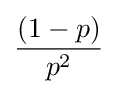
{\frac {(1-p)}{p^{2}}}